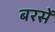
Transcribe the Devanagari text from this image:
बरसें